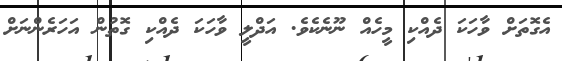
އެގޮތަށް ވާހަކަ ދެއްކި މީހެއް ނޫނެކެވެ. އަދްލީ ވާހަކަ ދެއްކި ގޮތުން އަހަރެންނަށް